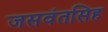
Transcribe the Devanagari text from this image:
जसवंतसिह